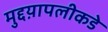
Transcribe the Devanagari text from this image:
मुद्दय़ापलीकडे